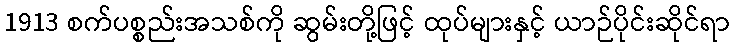
1913 စက်ပစ္စည်းအသစ်ကို ဆွမ်းတို့ဖြင့် ထုပ်များနှင့် ယာဉ်ပိုင်းဆိုင်ရာ